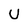
Character: U